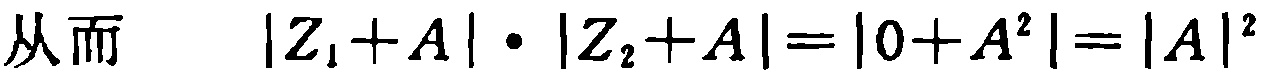
从而 \(\vert Z_{1}+A\vert\cdot\vert Z_{2}+A\vert=\vert0 + A^{2}\vert=\vert A\vert^{2}\)